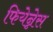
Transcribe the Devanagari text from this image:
फियेन्नेस